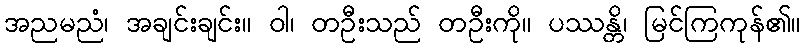
အညမညံ၊ အချင်းချင်း။ ဝါ၊ တဦးသည် တဦးကို။ ပဿန္တိ၊ မြင်ကြကုန်၏။